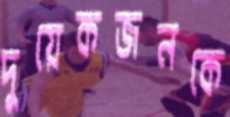
দুয়েকজনকে